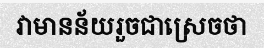
វាមានន័យរួចជាស្រេចថា